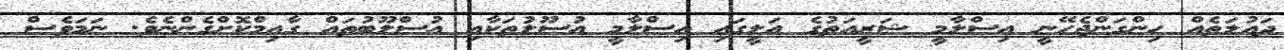
ދައުލަތެއް ހިންގަންޖެހޭނީ އިސްލާމީ ޝަރީއަތުގެ އަލީގައި އިސްލާމީ އުސޫލުތަކާއި އުސްލޫބުތައް ގާއިމްކޮށްގެންނެވެ. ނަމަވެސް